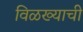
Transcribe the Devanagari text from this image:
विळख्याची